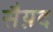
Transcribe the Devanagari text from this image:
सैय़द